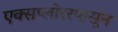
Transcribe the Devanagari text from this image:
एक्सप्लोररपासून